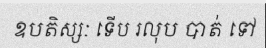
ឧបតិស្សៈ ទើប រលុប បាត់ ទៅ